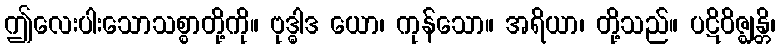
ဤလေးပါးသောသစ္စာတို့ကို။ ဗုဒ္ဓါဒ ယော၊ ကုန်သော။ အရိယာ၊ တို့သည်။ ပဋိဝိဇ္ဈန္တိ၊